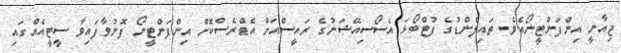
ޖިއާނީ އިންފަންޓީނޯއެވެ. ތައިލެންޑުގެ ފުޓްބޯޅަ އެސޯސިއޭޝަނުގެ ރައީސްއަށް އެޑްރެސްކޮށް އިންފަންޓީނޯ ފޮނުވާފައިވާ ސީޓީއެއްގައި